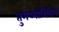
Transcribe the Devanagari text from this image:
तुमच्याशिवाय